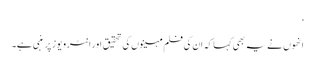
‘
انھوں نے یہ بھی کہا کہ ان کی فلم مہینوں کی تحقیق اور انٹرویوز پر منبی ہے۔